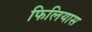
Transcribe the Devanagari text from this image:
फिलियास